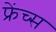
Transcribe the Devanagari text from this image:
फ्रेंच्स